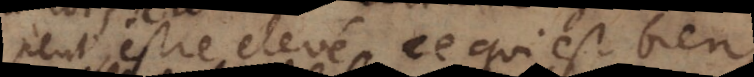
peut estre elevé, ce qui est bien